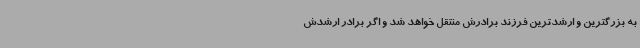
به بزرگترین و ارشدترین فرزند برادرش منتقل خواهد شد و اگر برادر ارشدش